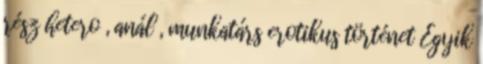
rész hetero , anál , munkatárs erotikus történet Egyik